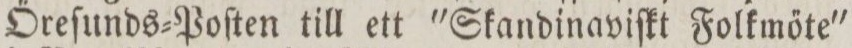
Őreſunds=Poſten till ett 'Skandinaviſkt Folkmőte'